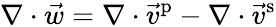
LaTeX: \nabla\cdot\vec{w}=\nabla\cdot\vec{v}^{\mathrm{p}}-\nabla\cdot\vec{v}^{\mathrm{s}}